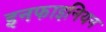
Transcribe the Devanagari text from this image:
इनफाइनियन